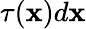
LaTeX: \tau(\mathbf{x})d\mathbf{x}